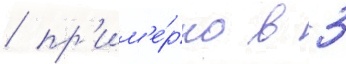
/ пр'им'е́рно в 3